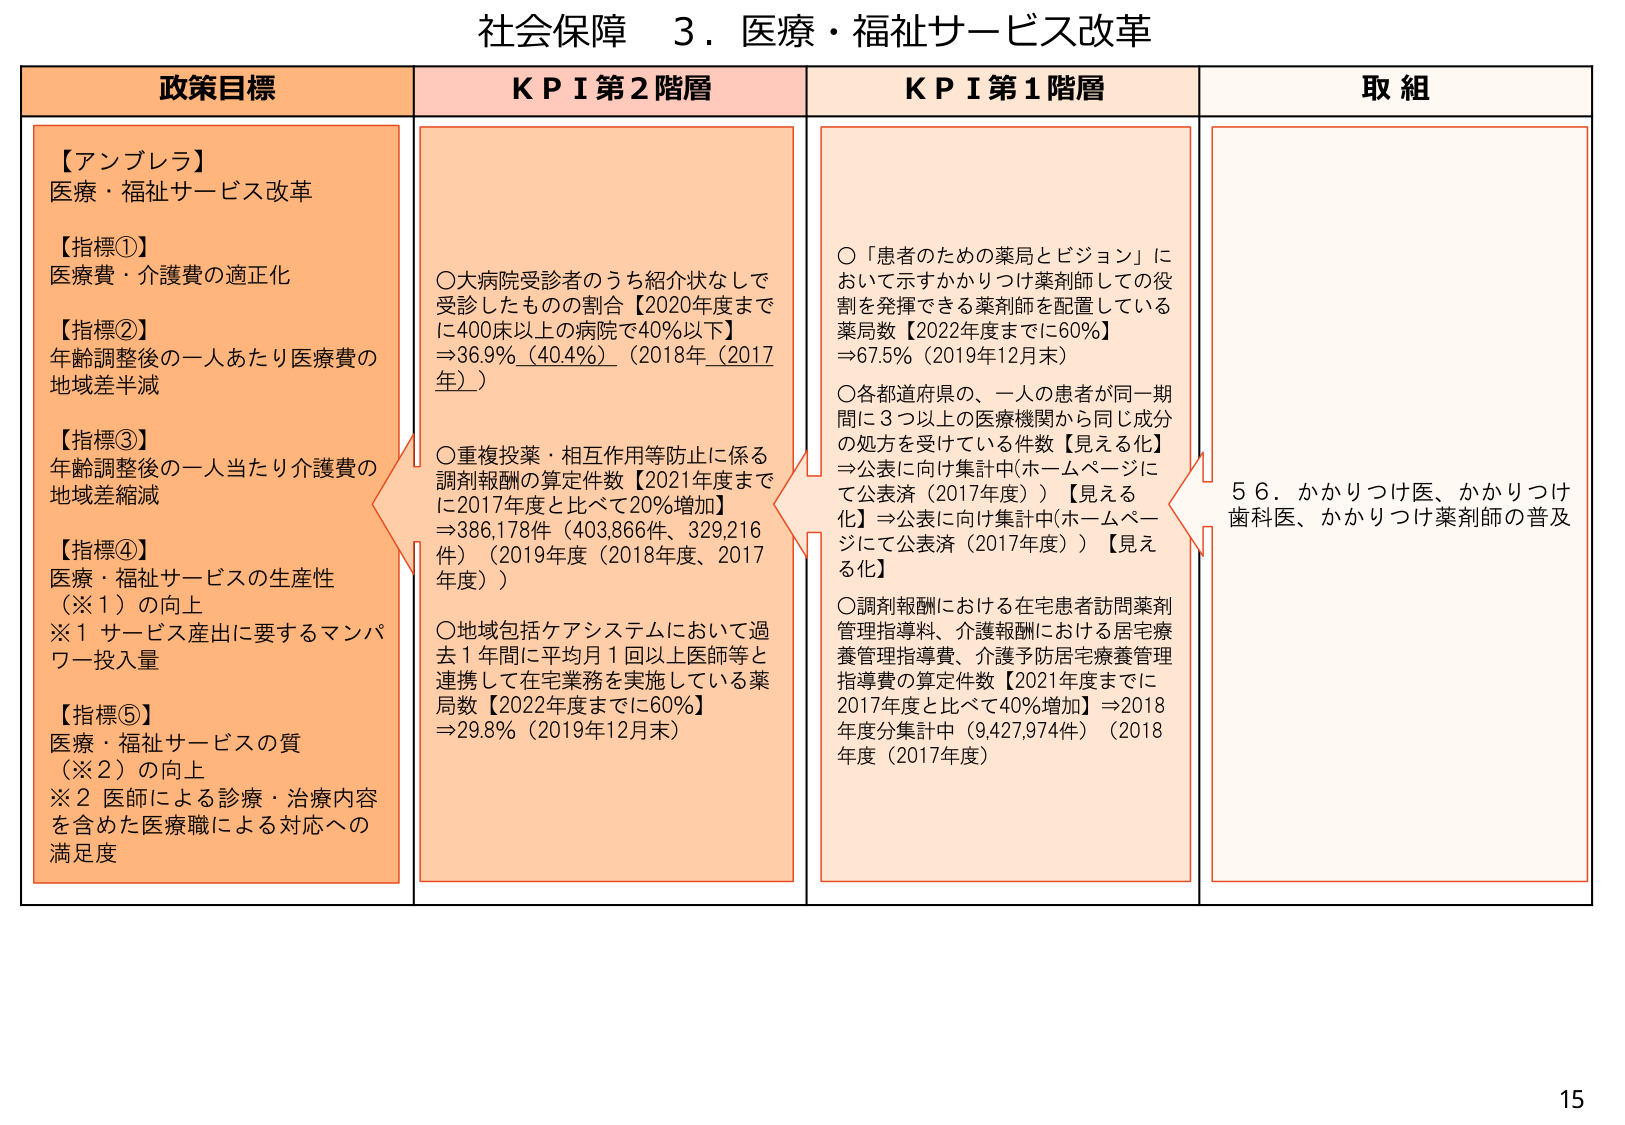
社会保障 ３．医療・福祉サービス改革

政策目標
【アンブレラ】
医療・福祉サービス改革
【指標①】
医療費・介護費の適正化
【指標②】
年齢調整後の一人あたり医療費の
地域差半減
【指標③】
年齢調整後の一人当たり介護費の
地域差縮減
【指標④】
医療・福祉サービスの生産性
（※１）の向上
※１ サービス産出に要するマンパ
ワー投入量
【指標⑤】
医療・福祉サービスの質
（※２）の向上
※２ 医師による診療・治療内容
を含めた医療職による対応への
満足度

ＫＰＩ第２階層
〇大病院受診者のうち紹介状なしで
受診したものの割合【2020年度まで
に400床以上の病院で40％以下】
⇒36.9％（40.4％）（2018年（2017
年））
〇重複投薬・相互作用等防止に係る
調剤報酬の算定件数【2021年度まで
に2017年度と比べて20％増加】
⇒386,178件（403,866件、329,216
件）（2019年度（2018年度、2017
年度））
〇地域包括ケアシステムにおいて過
去１年間に平均月１回以上医師等と
連携して在宅業務を実施している薬
局数【2022年度までに60％】
⇒29.8％（2019年12月末）

ＫＰＩ第１階層
〇「患者のための薬局とビジョン」に
おいて示すかかりつけ薬剤師としての役
割を発揮できる薬剤師を配置している
薬局数（2022年度までに60％）
⇒67.5％（2019年12月末）
〇各都道府県の、一人の患者が同一期
間に３つ以上の医療機関から同じ成分
の処方を受けている件数【見える化】
⇒公表に向け集計中（ホームページに
て公表済（2017年度））【見える
化】⇒公表に向け集計中（ホームペー
ジにて公表済（2017年度））【見え
る化】
〇調剤報酬における在宅患者訪問薬剤
管理指導料、介護報酬における居宅療
養管理指導費、介護予防居宅療養管理
指導費の算定件数【2021年度までに
2017年度と比べて40％増加】⇒2018
年度分集計中（9,427,974件）（2018
年度（2017年度））

取組
５６．かかりつけ医、かかりつけ
歯科医、かかりつけ薬剤師の普及

15